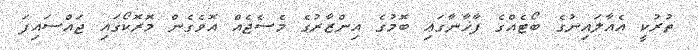
ތުރުކީ އެއާލައިނުގެ ބޯޓެއްގެ ފާޚާނާގައި ބޮމުގެ އިންޒާރުގެ މެސެޖެއް އޮވެގެން މޮރޮކޯގައި ޖައްސައިފަ